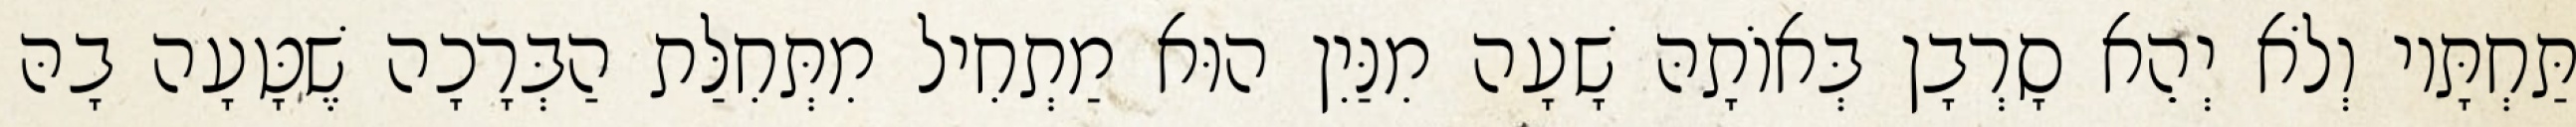
תַּחְתָּיו וְלֹא יְהֵא סָרְבָן בְּאוֹתָהּ שָׁעָה מִנַּיִן הוּא מַתְחִיל מִתְּחִלַּת הַבְּרָכָה שֶׁטָּעָה בָהּ